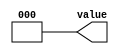
module dut_12(output wire [2:0] value);
   parameter select = 0;
   case (select)
     0: assign value = 0;
     1: assign value = 1;
     2: assign value = 2;
     3: assign value = 3;
     default:
       assign value = 7;
   endcase 
endmodule